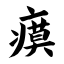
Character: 瘼